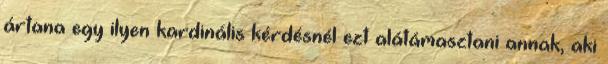
ártana egy ilyen kardinális kérdésnél ezt alátámasztani annak, aki